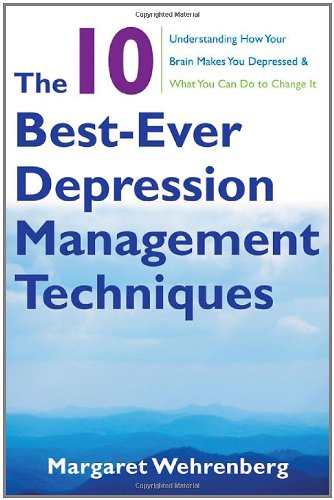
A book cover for The 10 Best-Ever Depression Management Techniques: Understanding How Your Brain Makes You Depressed and What You Can Do to Change It; Margaret Wehrenberg Psy.D.; Health, Fitness & Dieting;